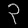
Digit: ၃